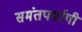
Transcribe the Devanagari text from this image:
समंतपर्यायी